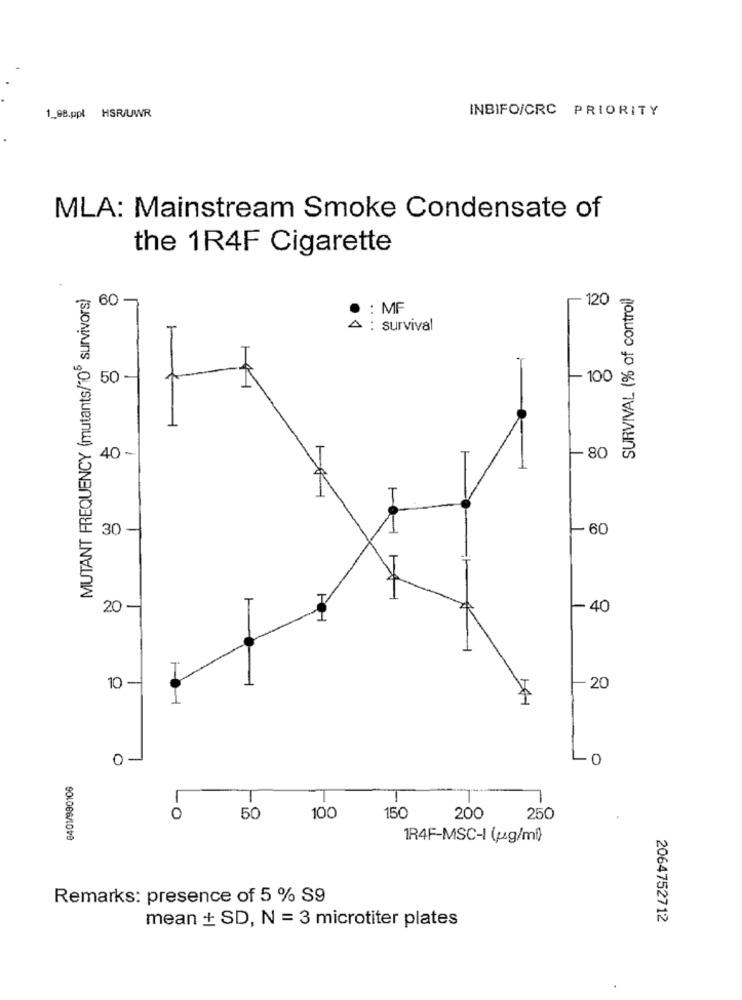
INBIFO/CRC PRIORITY
1_98.ppł HSR/UWR
MLA: Mainstream Smoke Condensate of
the 1R4F Cigarette
MUTANT FREQUENCY (mutants/106 survivors)
SURVIVAL (% of control)
-120
607
: MF
A : survival
50 -
-100 g
40 -
-80
: 30
160
20 -
40
T
10 -
20
1
0
0
0
-0
50
100
150
200
250
901066/1018
1R4F-MSC-I (pg/ml)
Remarks: presence of 5 % S9
mean + SD, N = 3 microtiter plates
2064752712